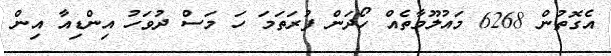
އެގޮތުން 6268 މައުލޫމާތެއް ހޯދަން ފުރަތަމަ ހަ މަސް ދުވަހު އިންޑިއާ އިން